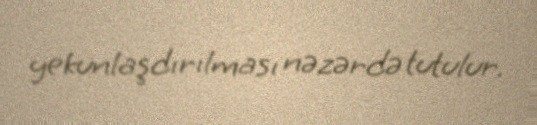
yekunlaşdırılması nəzərdə tutulur.